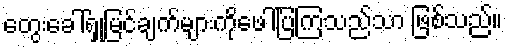
တွေးခေါ်ရှုမြင်ချက်များကိုဖေါ်ပြကြသည်သာ ဖြစ်သည်။